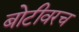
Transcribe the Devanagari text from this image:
बोटीवरच